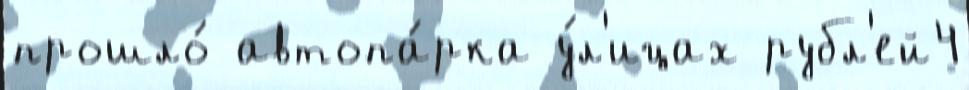
прошло́ автопа́рка у́л'ицах рубл'ей4